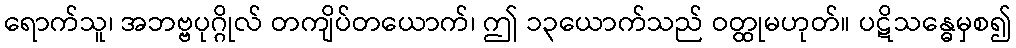
ရောက်သူ၊ အဘဗ္ဗပုဂ္ဂိုလ် တကျိပ်တယောက်၊ ဤ ၁၃ယောက်သည် ဝတ္ထုမဟုတ်။ ပဋိသန္ဓေမှစ၍